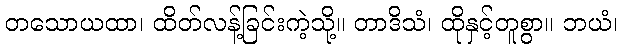
တသောယထာ၊ ထိတ်လန့်ခြင်းကဲ့သို့။ တာဒိသံ၊ ထိုနှင့်တူစွာ။ ဘယံ၊